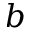
b